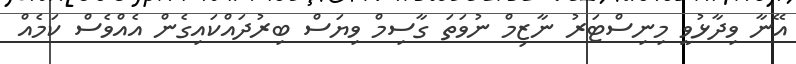
އޭނާ ވިދާޅުވީ މިނިސްޓަރު ނާޒިމް ނުވަތަ ގާސިމް ވިޔަސް ބިރުދައްކައިގެން އެއްވެސް ކަމެއް